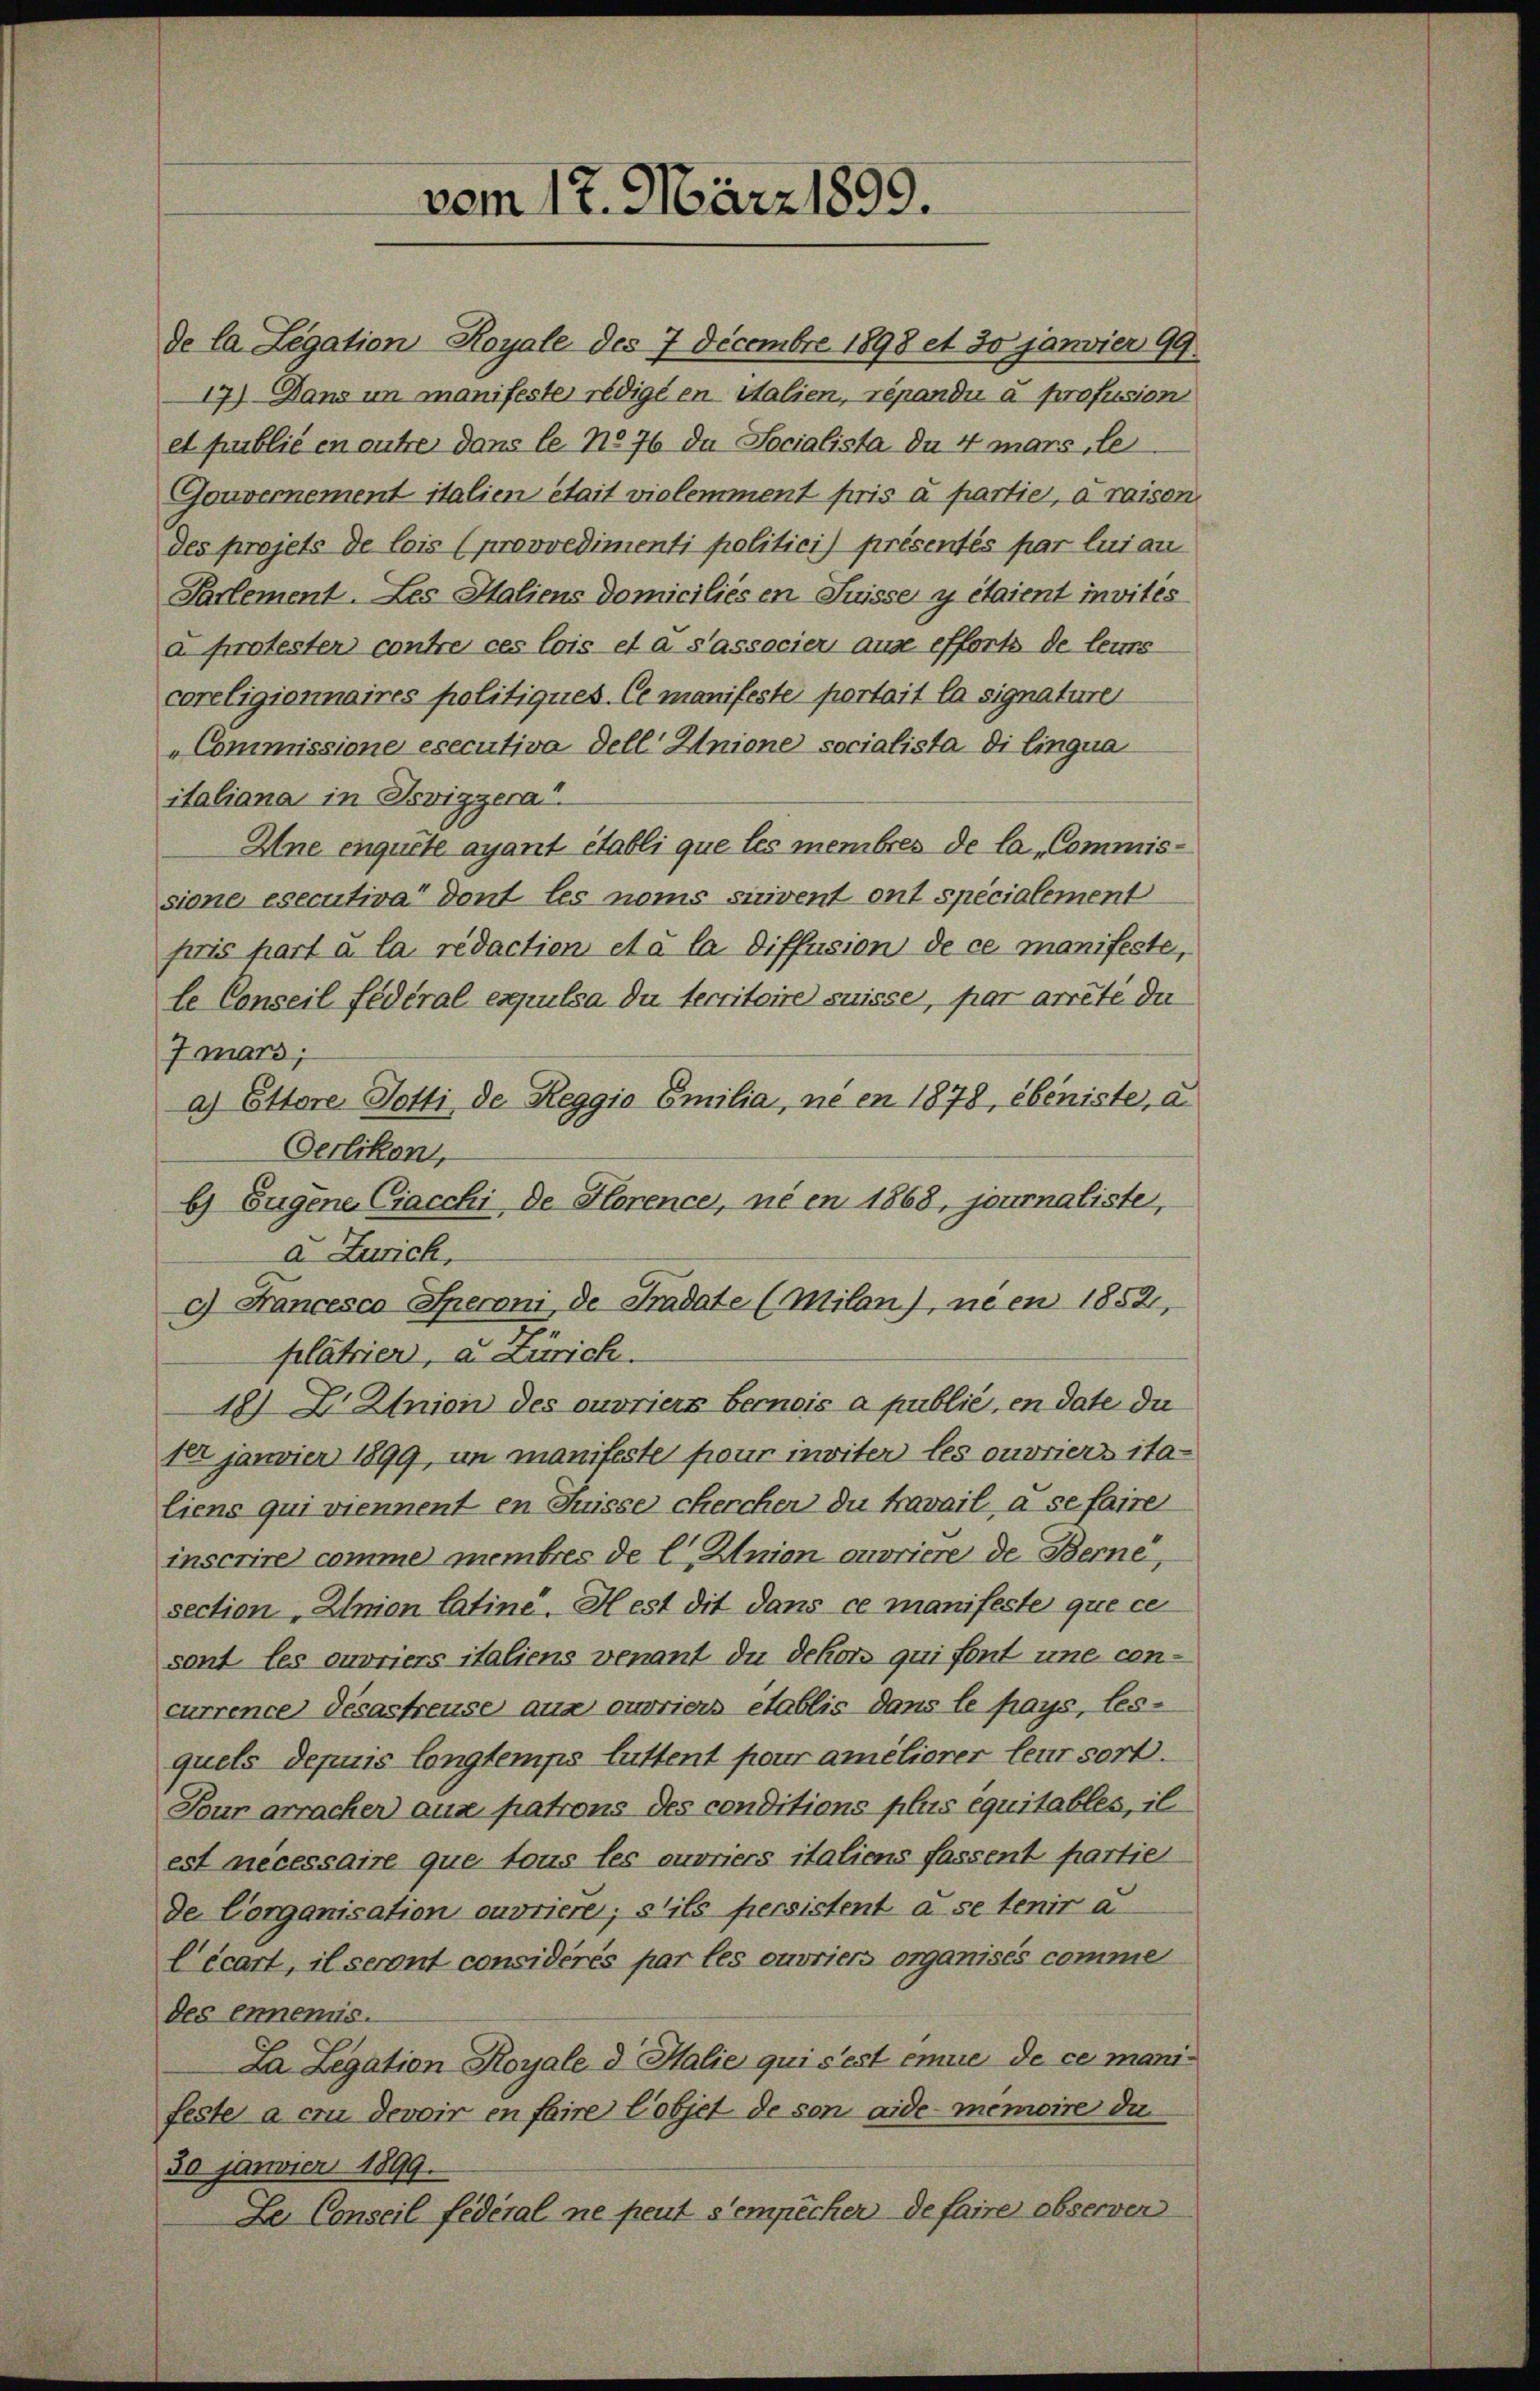
coreligionnaires politiques. Ce manifeste portait la signature
Commissione esecutiva dell Unione socialista di lingua
italiana in Roviggera
Ane enquete ayant établi que les membres de la Commissione esecutiva dont les noms sinvent ont specialement
pris part u. la redaction et à la diffusion de ce manifeste,
le Conseil fédéral expulsa du tecritoire suisse, par arreté du
Imars,
a) Ettore Potti de Reggio Emilia, ni en 1878, ebeniste, a
Oerlikon,
b) Eugene Ciacchi de Florence, ni en 1868, journaliste,
c) Francesco Speroni de Pradate (Milan), neen 1852,
plätrien, a. Zürich.
18) Z. Union des ouvriers Bernois a publié, en date du
1er janvier 1899, in manifeste pour inviter les ouvriers italiens qui viennent en Suisse chercher du travail a se faire
inscrire comme membres de l Union ouvriere de Berne,
section „Union latine. Hest dit dans ce manifeste que ce
sont les ouvriers italiens venant du dekors qui font une con-
currence désastreuse aus ouvriers établis dans le pays, les-
quels depuis longtemps littent pour améliorer leur sort.
Tour arracher aux patrons des conditions plus équitables, il
est necessaire que tous les ouvriers italiens fassent partiel
de Corganisation ouvriere; stils persistent a se tenir a
Cécart, il seront considérés par les ouvriers organises comme
des ennemis.
La Legation Royale d Halie qui s’est eine de ce mani-
fecte a er devoir en faire Cobjet de son aide-Memoire du
30 Janvier 1899.
Le Conseil fédéral ne peut sempêcher de faire observer

de la Legation Royale des 7 Decembre 1898 et 30 janvier 99.
17) Dans um manifester redige en Salien, repandi a profusion
et publié en outre dans le No 76 du Socialista du 4 mars, le
Gouvernement italien était vielemment pris u partier, draison
des projets de lois (provvedimenti politicis présentés par lui au
Parlement. Les Saliens domiciliés en Suisse y étaient invités
a protester contre ces lois et a sassocier ause efforts de leurs

a Zürich,

vom 17. März 1899.